Vaccination in Burma 1900-1911 - 1900-1911
Year: 1900
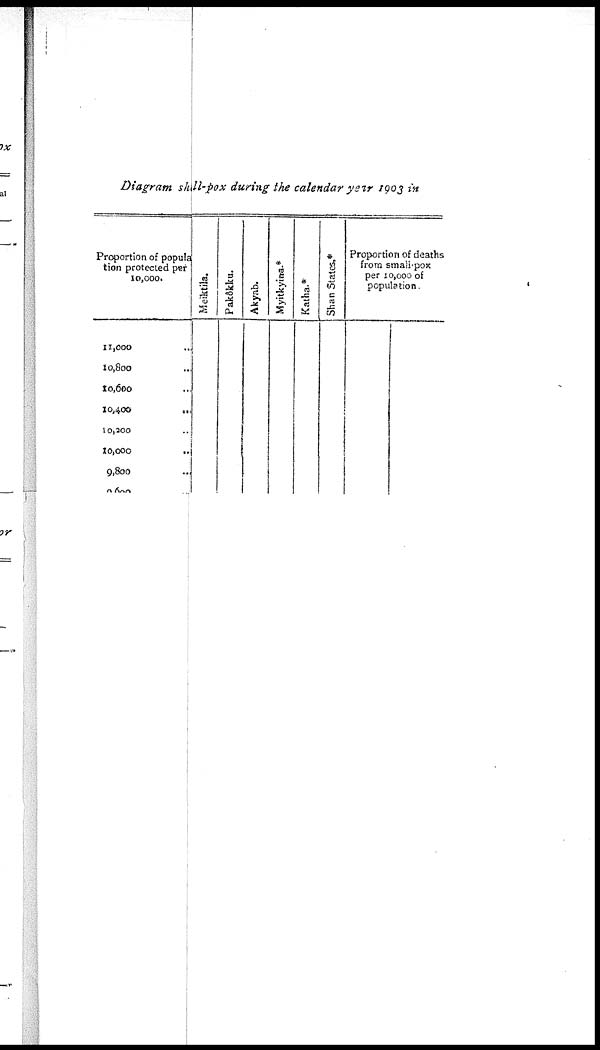
Diagram samll-pox during the calendar year 1903 in